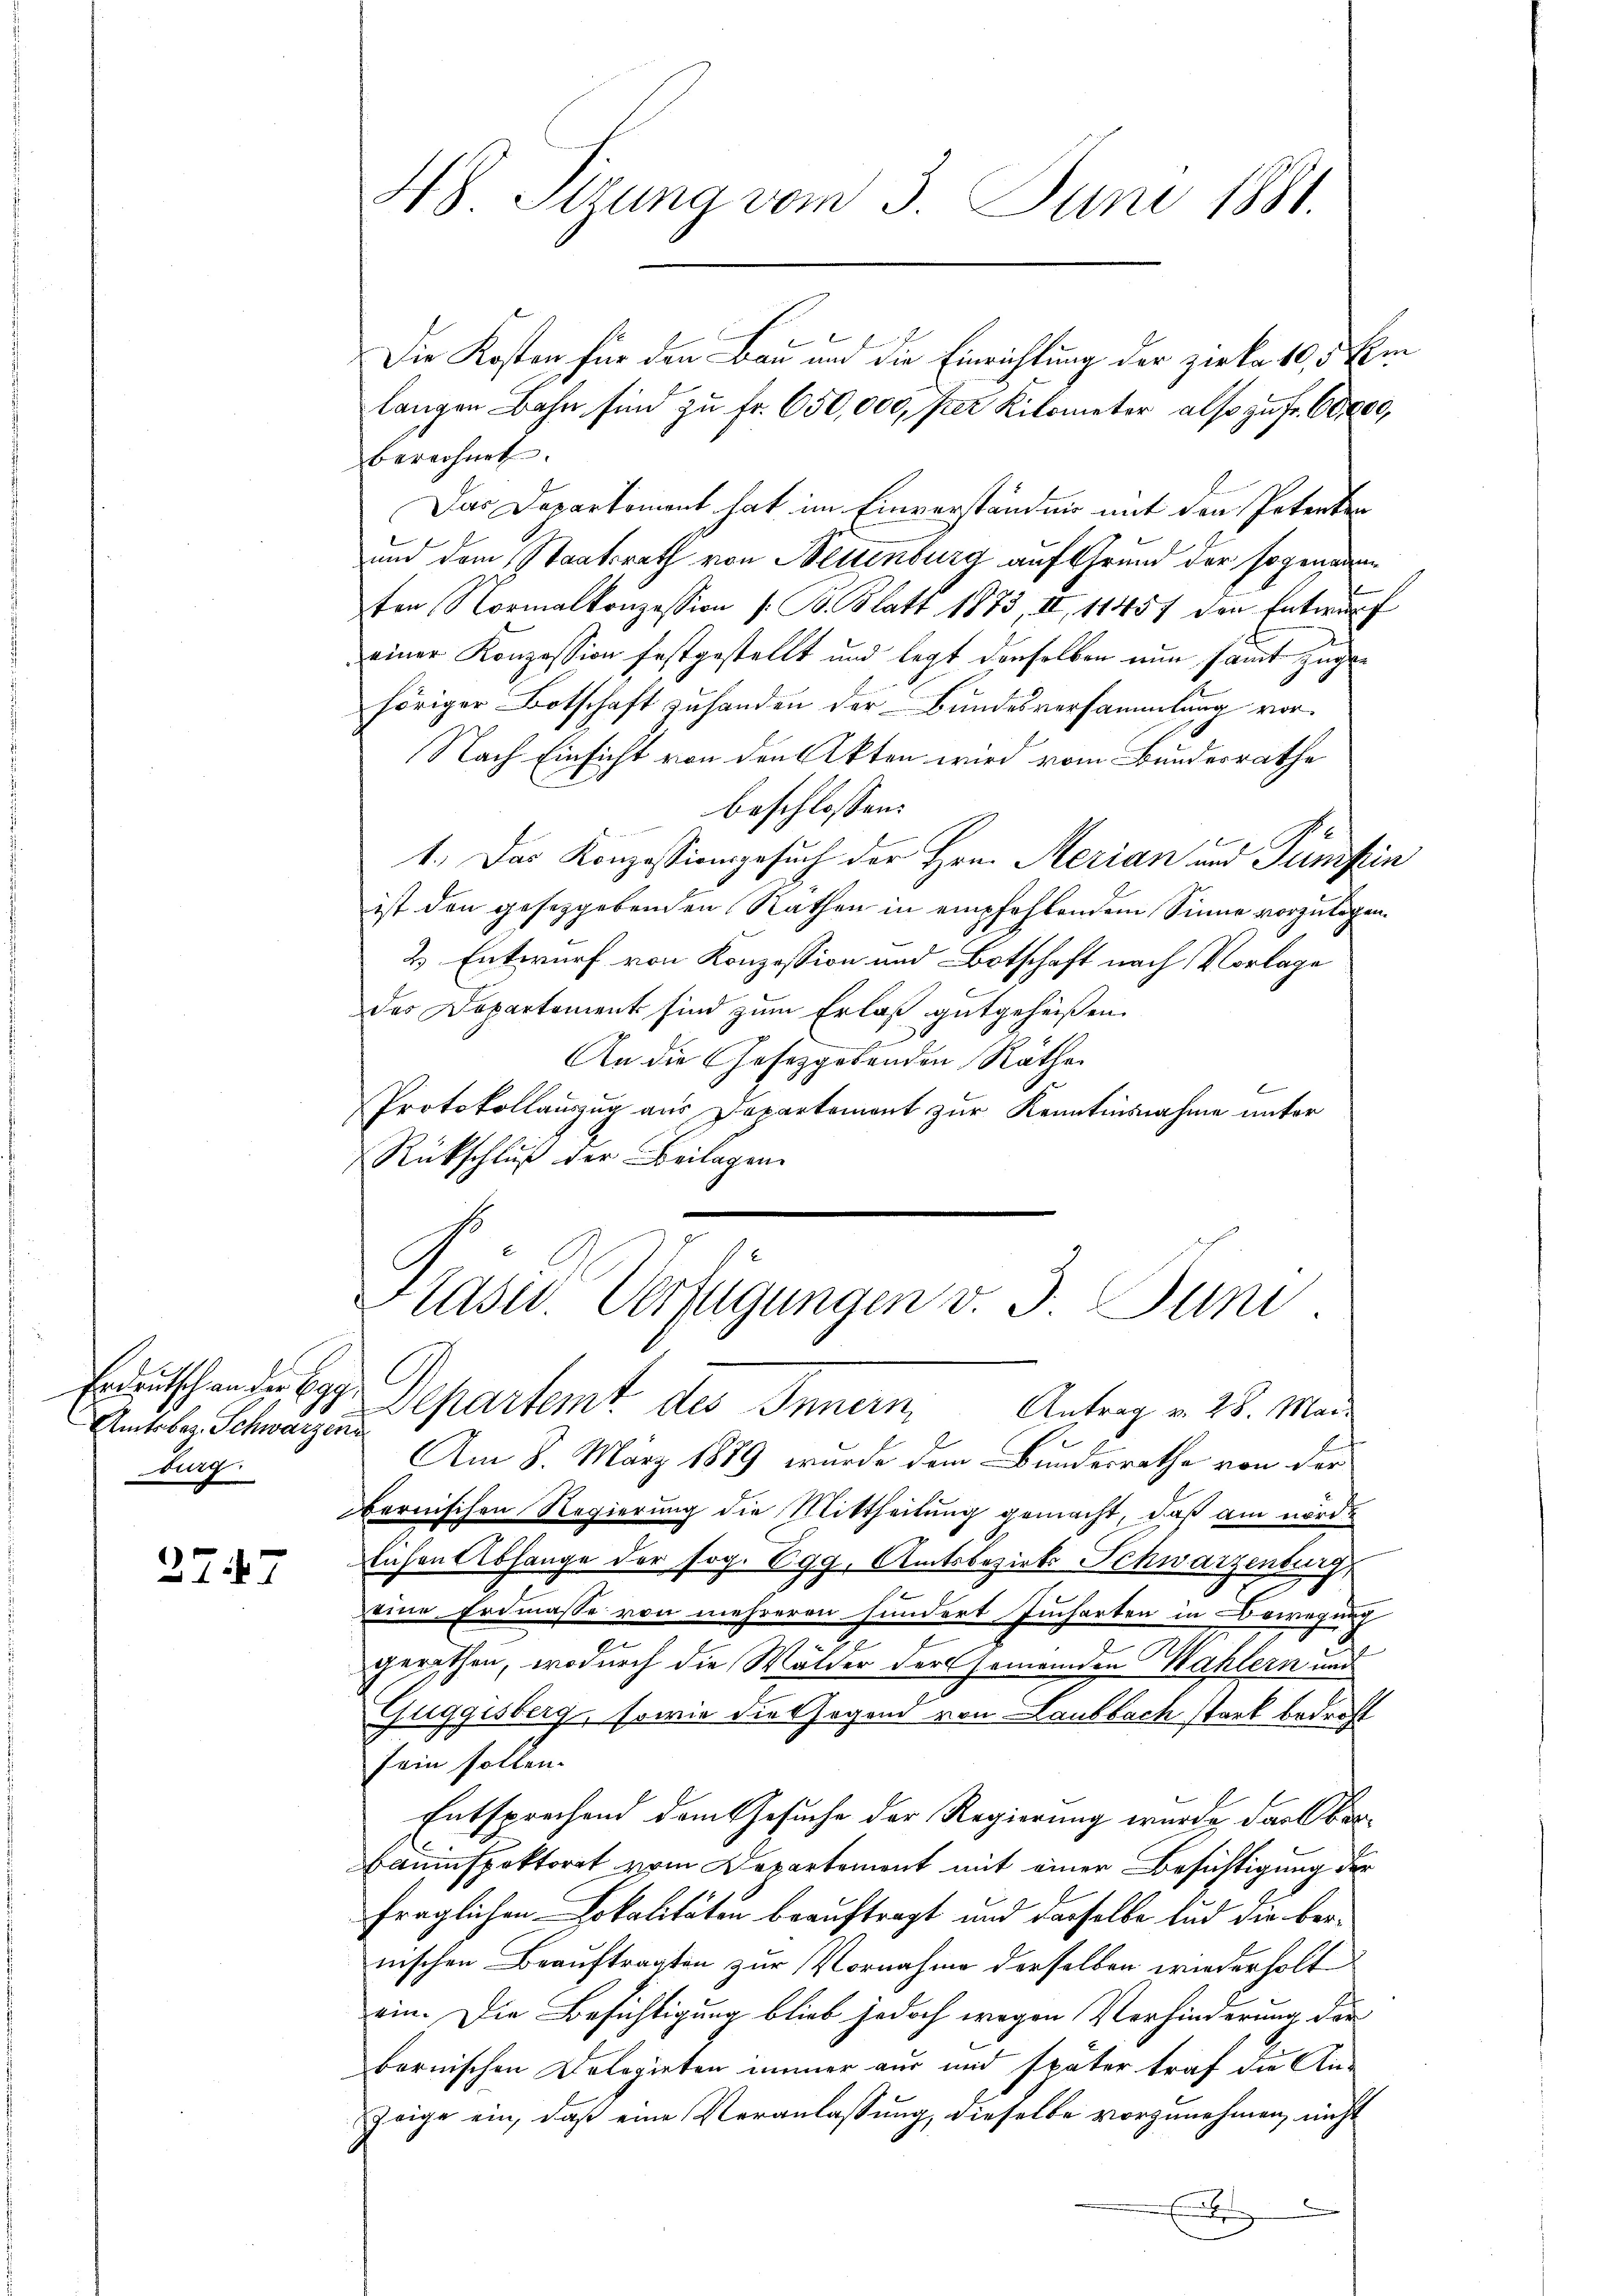
Amtsbez. Schwarzen
burg

2747

H Sitzung vom 3. Juni 1881.

6 x
Die Kosten für den Bau und die Einrichtung der Zirka 10,5 km
langen Bahn sind zu Fr. 650,000, per Kilometer also zu fr. 60000,
berechnet.
Das Departement hat im Einverständnis mit den Potenten
und dem Staatsrath von Neuenburg auf Grund der sogenauen
ten Normalkonzession (: B. Blatt 1873, II, 11457 den Entwurf
einer Konzession festgestellt und legt derselben nun sammt zugehöriger Botschaft zuhanden der Bundesversammlung vor¬
Nach Einsicht von den Akten wird vom Bundesrathe
beschlossen:
1.) Das Konzessionsgesuch der Hrn. Merian und Pumfin
ist den gesetzgebenden Rathen in empfehlendem Sinne vorzulegen.
2 Entwurf von Konzession und Botschaft nach Vorlage
des Departement sind zum Erlaß gutgeheißen.
An die Gesetzgebenden Räthe
Protokollauszug aus Departement zur Kenntnisnahme unter
Rückschluß der Beilagen
Päser. Verfügungen v. 3. Juni
Erdeutschen der Egg. Departemt des Innern Antrag v. 28. Mai
Am 8. März 1889 wurde dem Bundesrathe von der
Obernischen Regierung die Mittheilung gemacht, daß am nordlichen Abhange der sog. Egg, Amtsbezirks Schwarzenburg
eine Erdmasse von mehreren hundert Jucharten in Bewegung
gerathen, wodurch die Wälder der Gemeinden Mahlern und
Guggisberg, sowie die Gegend von Laubbach stark bedroht
sein sollen.
Entsprechend dem Gesuche der Regierung wurde das Ober¬
Bauinspektorat vom Departement mit einer Besichtigung der
fraglichen Lokalitäten beauftragt und dasselbe lud die bernischen Beauftragten zur Vornahme derselben wiederholt
ein. Die Besichtigung blieb jedoch wegen Verhinderung der
bernischen Dolegirten immer aus und später traf die An-
Zeige ein, daß eine Veranlassung, dieselbe vorzunehmen, nicht
b
e